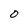
Character: 0